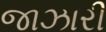
જાઝારી